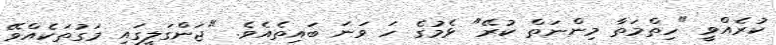
ކުރެއްވީ "ހިތްމަތާ މިންނަތް ކުރޭ" ޅެމުގެ ހަ ވަނަ ބައިތެއެވެ. "ޖަންގަލީގައި މަގުތަކެއްވޭ